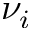
\nu _ { i }